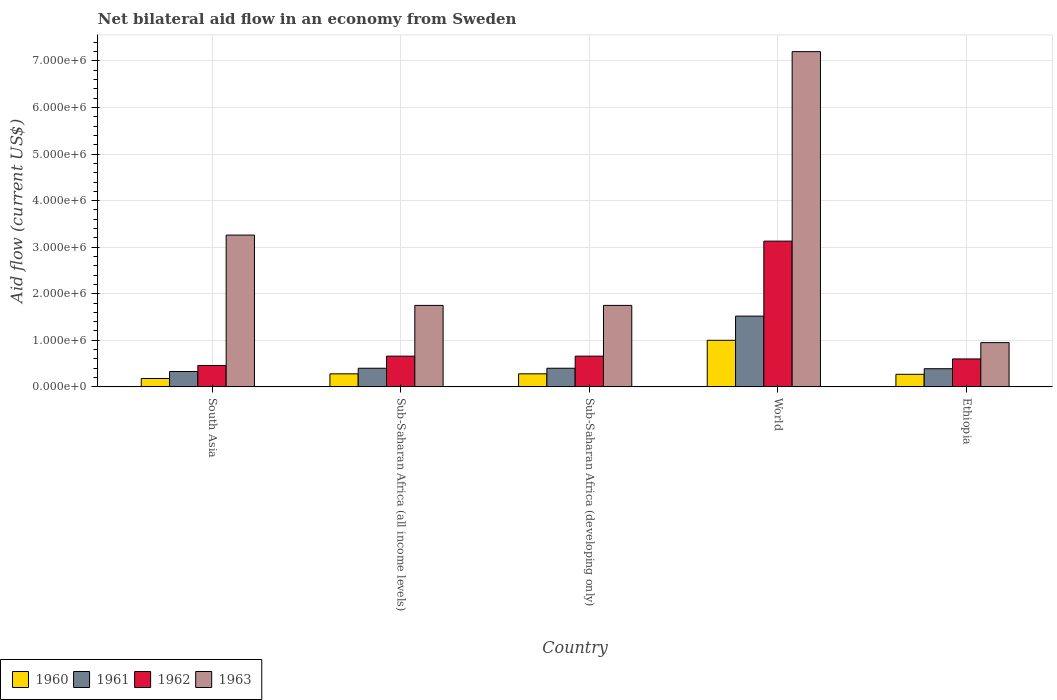
| Country | 1960 | 1961 | 1962 | 1963 |
 | --- | --- | --- | --- | --- |
 | South Asia | 1.8e+05 | 3.3e+05 | 4.6e+05 | 3.26e+06 |
 | Sub-Saharan Africa (all income levels) | 2.8e+05 | 4e+05 | 6.6e+05 | 1.75e+06 |
 | Sub-Saharan Africa (developing only) | 2.8e+05 | 4e+05 | 6.6e+05 | 1.75e+06 |
 | World | 1e+06 | 1.52e+06 | 3.13e+06 | 7.2e+06 |
 | Ethiopia | 2.7e+05 | 3.9e+05 | 6e+05 | 9.5e+05 |